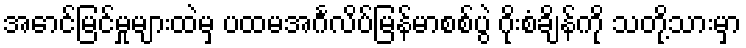
အောင်မြင်မှုများထဲမှ ပထမအင်္ဂလိပ်မြန်မာစစ်ပွဲ ဂိုးစံချိန်ကို သတို့သားမှာ